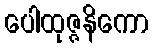
ပေါထုဇ္ဇနိကော